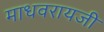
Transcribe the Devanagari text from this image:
माधवरायजी